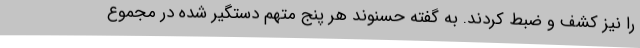
را نیز کشف و ضبط کردند. به گفته حسنوند هر پنج متهم دستگیر شده در مجموع